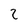
Character: 2